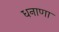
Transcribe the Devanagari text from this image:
धनाणा